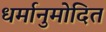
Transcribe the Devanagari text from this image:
धर्मानुमोदित